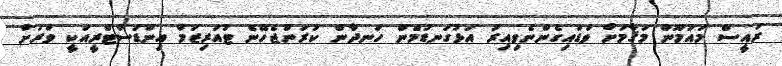
ރައީސް މައުމޫން މަޤާމަށް ވަޑައިގެންނެވިއިރު އަޅުގަނޑުމެން ހަނދާން ކުރަންޖެހޭނެ ޓުއަރިޒަމް އިންޑަސްޓްރީއަކީ ވަރަށް